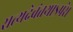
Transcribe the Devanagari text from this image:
सत्यदेवंतथाऽपरे।